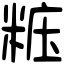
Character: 𥺁